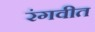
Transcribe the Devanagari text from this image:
रंगवीत